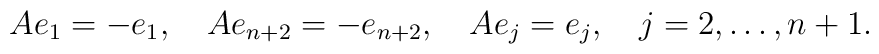
Ae_1=-e_{1},\quad Ae_{n+2}=-e_{n+2},\quad Ae_j=e_j,\quad    j=2,\ldots,n+1.